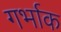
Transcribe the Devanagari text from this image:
गर्भाक